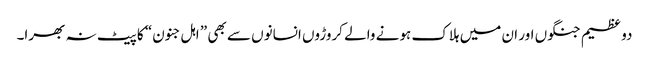
دو عظیم جنگوں اور ان میں ہلاک ہونے والے کروڑوں انسانوں سے بھی ” اہل جنون“ کا پیٹ نہ بھرا۔